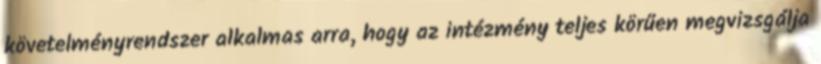
követelményrendszer alkalmas arra, hogy az intézmény teljes körűen megvizsgálja